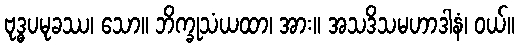
ဗုဒ္ဓပမုခဿ၊ သော။ ဘိက္ခုသံယထာ၊ အား။ အသဒိသမဟာဒါနံ၊ ဝယ်။